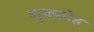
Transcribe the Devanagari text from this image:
शुक्कोह